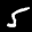
Label: 5